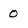
Character: 0